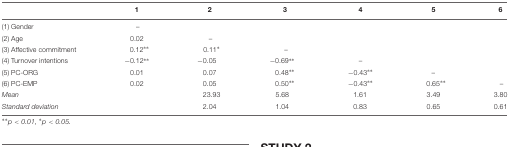
|  | 1 | 2 | 3 | 4 | 5 | 6 |
 | --- | --- | --- | --- | --- | --- | --- |
 | (1) Gender | – |  |  |  |  |  |
 | (2) Age | 0.02 | – |  |  |  |  |
 | (3) Affective commitment | 0.12∗∗ | 0.11∗ | – |  |  |  |
 | (4) Turnover intentions | -0.12∗∗ | -0.05 | -0.69∗∗ | – |  |  |
 | (5) PC-ORG | 0.01 | 0.07 | 0.48∗∗ | -0.43∗∗ | – |  |
 | (6) PC-EMP | 0.02 | 0.05 | 0.50∗∗ | -0.43∗∗ | 0.65∗∗ | – |
 | Mean |  | 23.93 | 5.68 | 1.61 | 3.49 | 3.80 |
 | Standard deviation |  | 2.04 | 1.04 | 0.83 | 0.65 | 0.61 |